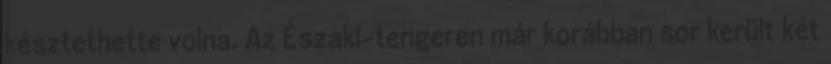
késztethette volna. Az Északi-tengeren már korábban sor került két